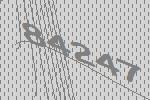
84247